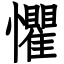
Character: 懼